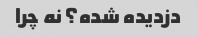
دزدیده شده؟ نه چرا